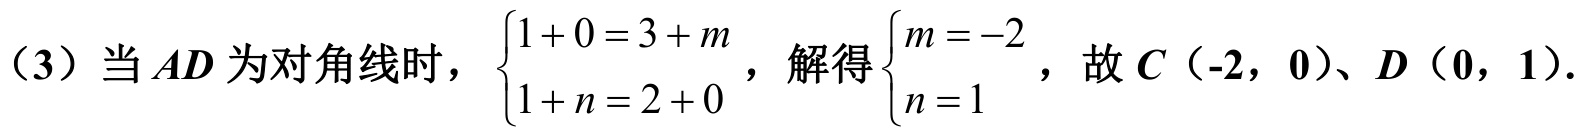
（3）当\(AD\)为对角线时，\(\begin{cases}1 + 0 = 3 + m\\1 + n = 2 + 0\end{cases}\)，解得\(\begin{cases}m = -2\\n = 1\end{cases}\)，故\(C(-2,0)\)、\(D(0,1)\)．